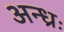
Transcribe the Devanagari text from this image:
अन्ध्रः